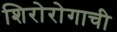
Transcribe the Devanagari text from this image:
शिरोरोगाची